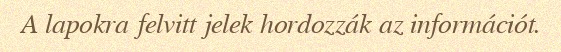
A lapokra felvitt jelek hordozzák az információt.